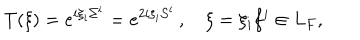
T ( \xi ) = e ^ { i \xi _ { i } \Sigma ^ { i } } = e ^ { 2 i \xi _ { i } { \cal S } ^ { i } } \, , \quad \xi = \xi _ { i } f ^ { i } \in L _ { F } ,